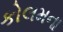
કોલમના